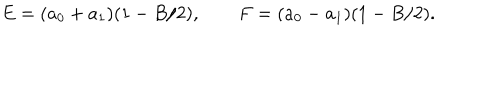
E = ( a _ { 0 } + a _ { 1 } ) ( 1 - B / 2 ) , \qquad F = ( a _ { 0 } - a _ { 1 } ) ( 1 - B / 2 ) .